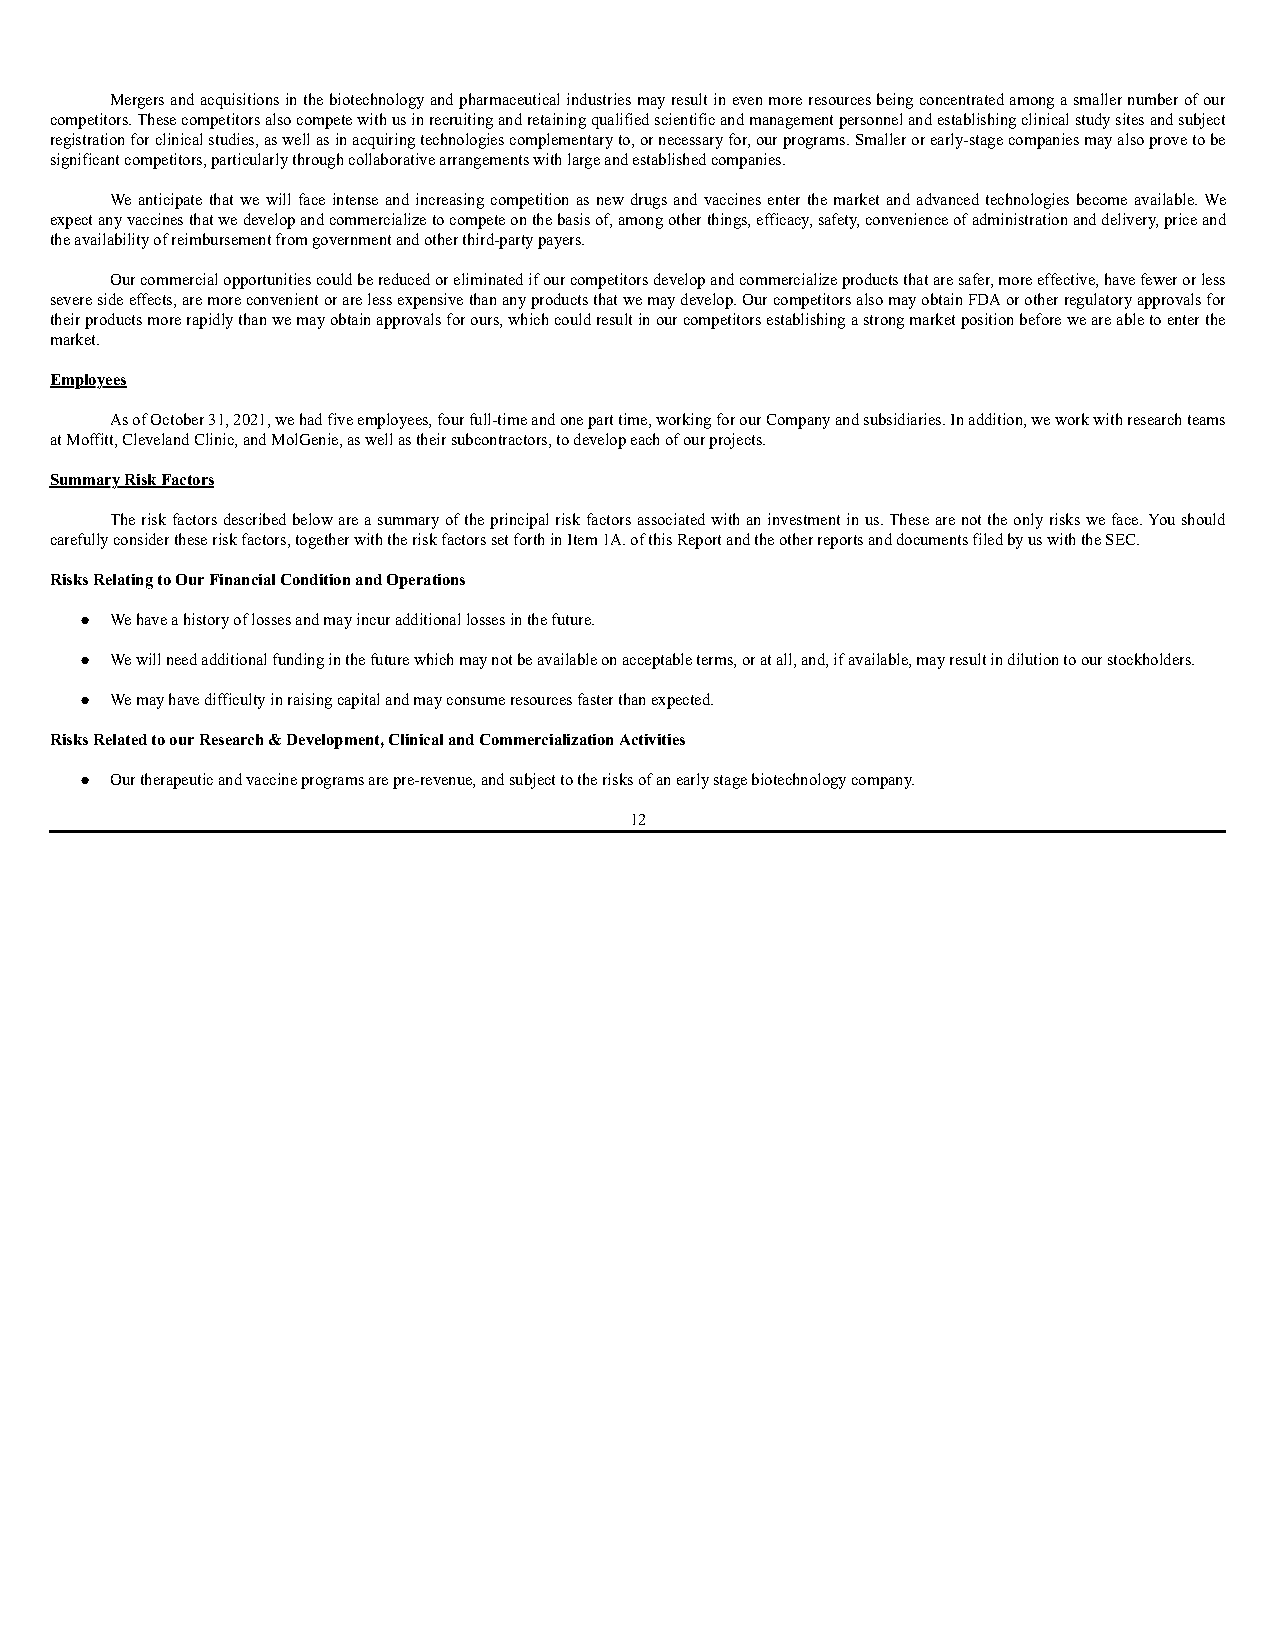
Mergers and acquisitions in the biotechnology and pharmaceutical industries may result in even more resources being concentrated among a smaller number of our
 competitors. These competitors also compete with us in recruiting and retaining qualified scientific and management personnel and establishing clinical study sites and subject
 registration for clinical studies, as well as in acquiring technologies complementary to, or necessary for, our programs. Smaller or early-stage companies may also prove to be
 significant competitors, particularly through collaborative arrangements with large and established companies.
 We anticipate that we will face intense and increasing competition as new drugs and vaccines enter the market and advanced technologies become available. We
 expect any vaccines that we develop and commercialize to compete on the basis of, among other things, efficacy, safety, convenience of administration and delivery, price and
 the availability of reimbursement from government and other third-party payers.
 Our commercial opportunities could be reduced or eliminated if our competitors develop and commercialize products that are safer, more effective, have fewer or less
 severe side effects, are more convenient or are less expensive than any products that we may develop. Our competitors also may obtain FDA or other regulatory approvals for
 their products more rapidly than we may obtain approvals for ours, which could result in our competitors establishing a strong market position before we are able to enter the
 market.
 Employees
 As of October 31, 2021, we had five employees, four full-time and one part time, working for our Company and subsidiaries. In addition, we work with research teams
 at Moffitt, Cleveland Clinic, and MolGenie, as well as their subcontractors, to develop each of our projects.
 Summary Risk Factors
 The risk factors described below are a summary of the principal risk factors associated with an investment in us. These are not the only risks we face. You should
 carefully consider these risk factors, together with the risk factors set forth in Item 1A. of this Report and the other reports and documents filed by us with the SEC.
 Risks Relating to Our Financial Condition and Operations
 ● We have a history of losses and may incur additional losses in the future.
 ● We will need additional funding in the future which may not be available on acceptable terms, or at all, and, if available, may result in dilution to our stockholders.
 ● We may have difficulty in raising capital and may consume resources faster than expected.
 Risks Related to our Research & Development, Clinical and Commercialization Activities
 ● Our therapeutic and vaccine programs are pre-revenue, and subject to the risks of an early stage biotechnology company.
 12